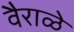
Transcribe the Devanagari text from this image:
वैराळे